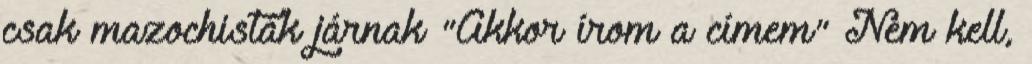
csak mazochisták járnak "Akkor írom a címem" Nem kell,